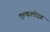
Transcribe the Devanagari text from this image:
एल्कालोइड